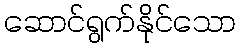
ဆောင်ရွက်နိုင်သော